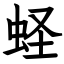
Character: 蛏